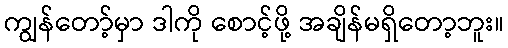
ကျွန်တော့်မှာ ဒါကို စောင့်ဖို့ အချိန်မရှိတော့ဘူး။